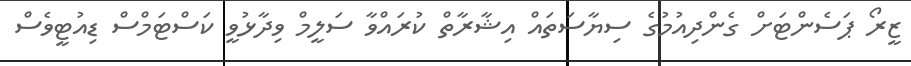
ޒީރޯ ޕަސެންޓަށް ގެންދިއުމުގެ ސިޔާސަތައް އިޝާރާތް ކުރައްވާ ސަލީމް ވިދާޅުވީ ކަސްޓަމްސް ޑިއުޓީވެސް